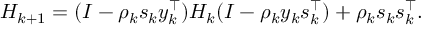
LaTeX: H _ { k + 1 } = ( I - \rho _ { k } s _ { k } y _ { k } ^ { \top } ) H _ { k } ( I - \rho _ { k } y _ { k } s _ { k } ^ { \top } ) + \rho _ { k } s _ { k } s _ { k } ^ { \top } .